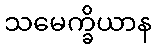
သမေက္ခိယာန